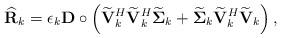
LaTeX: \begin{align*}\widehat{\mathbf{R}}_k = \epsilon_k \mathbf{D} \circ \left(\widetilde{\mathbf{V}}_k^H\widetilde{\mathbf{V}}_k^H\widetilde{\boldsymbol{\Sigma}}_k + \widetilde{\boldsymbol{\Sigma}}_k\widetilde{\mathbf{V}}_k^H \widetilde{\mathbf{V}}_k\right),\end{align*}